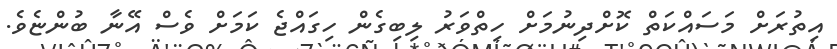
އިތުރަށް މަސައްކަތް ކޮށްދިނުމަށް ހިތްވަރު ލިބިގެން ހިގައްޖެ ކަމަށް ވެސް އޭނާ ބުންޏެވެ.